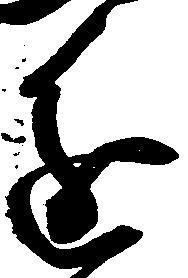
進